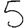
Digit: 5